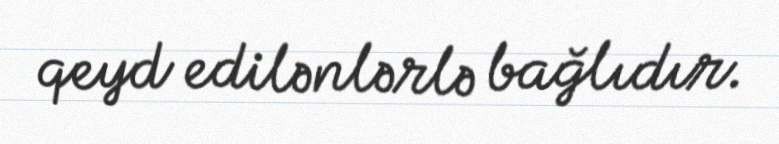
qeyd edilənlərlə bağlıdır.